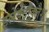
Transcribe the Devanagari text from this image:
इलेक्ट्रोक्लैश